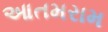
આતમરામ